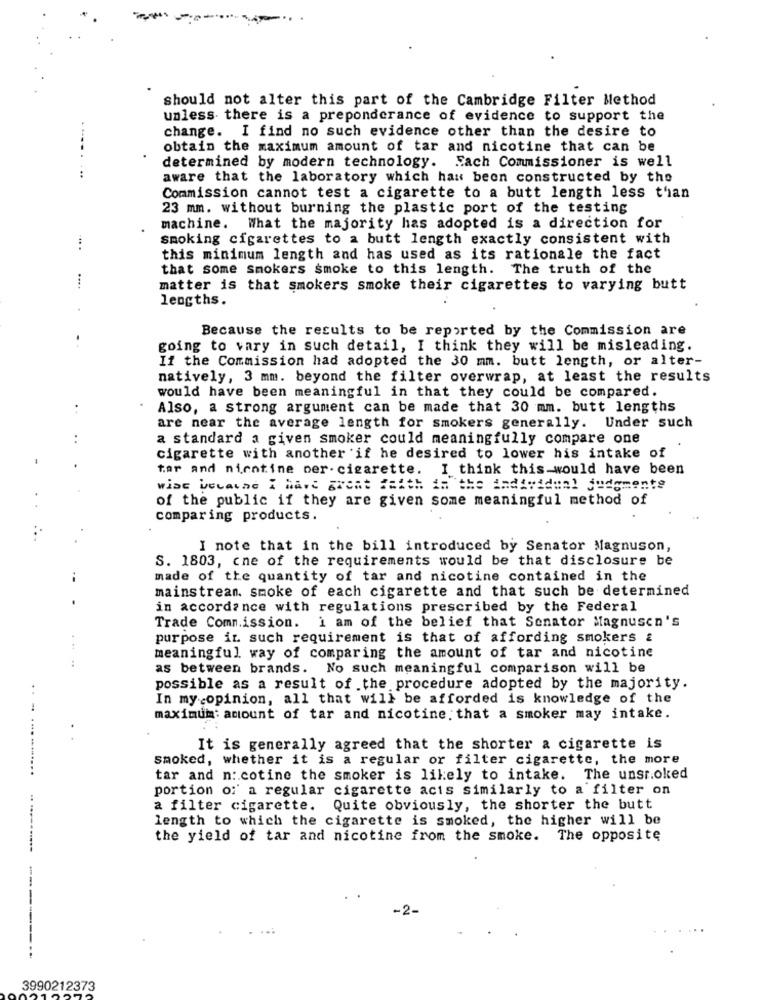
should not alter this part of the Cambridge Filter Method
unless there is a preponderance of evidence to support the
change. I find no such evidence other than the desire to
obtain the maximum amount of tar and nicotine that can be
determined by modern technology. Fach Commissioner is well
. ..
aware that the laboratory which has been constructed by the
Commission cannot test a cigarette to a butt length less than
23 mm. without burning the plastic port of the testing
machine. What the majority has adopted is a direction for
smoking cigarettes to a butt length exactly consistent with
this minimum length and has used as its rationale the fact
that some smokers smoke to this length. The truth of the
...
matter is that smokers smoke their cigarettes to varying butt
lengths.
Because the results to be reported by the Commission are
going to vary in such detail, I think they will be misleading.
If the Commission had adopted the 30 mm. butt length, or alter-
natively, 3 mm. beyond the filter overwrap, at least the results
would have been meaningful in that they could be compared.
Also, a strong argument can be made that 30 mm. butt lengths
are near the average length for smokers generally. Under such
a standard a given smoker could meaningfully compare one
cigarette with another if he desired to lower his intake of
tar and nicotine per- cigarette. I think this would have been
wise uccathe I have great faith in the individual judgmente
of the public if they are given some meaningful method of
comparing products.
..
I note that in the bill introduced by Senator Magnuson,
S. 1803, cne of the requirements would be that disclosure be
--
made of the quantity of tar and nicotine contained in the
mainstrean. smoke of each cigarette and that such be determined
.
in accordance with regulations prescribed by the Federal
Trade Commission. i am of the belief that Senator Magnusen's
purpose in such requirement is that of affording smokers &
meaningful way of comparing the amount of tar and nicotine
as between brands. No such meaningful comparison will be
possible as a result of the procedure adopted by the majority.
In my opinion, all that will be afforded is knowledge of the
maximum: amount of tar and nicotine that a smoker may intake.
..- ...-...
It is generally agreed that the shorter a cigarette is
smoked, whether it is a regular or filter cigarette, the more
tar and nicotine the smoker is likely to intake. The unsr.oked
portion of a regular cigarette acts similarly to a filter on
a filter cigarette. Quite obviously, the shorter the butt
length to which the cigarette is smoked, the higher will be
the yield of tar and nicotine from the smoke. The opposite
.............
3990212373